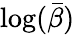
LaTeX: \log(\bar{\beta})